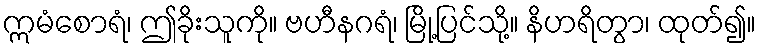
ဣမံစောရံ၊ ဤခိုးသူကို။ ဗဟီနဂရံ၊ မြို့ပြင်သို့။ နိဟရိတွာ၊ ထုတ်၍။